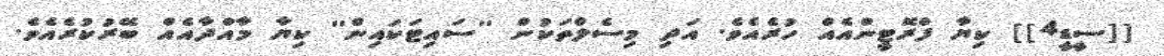
[[ސީޑީ4]] ކިޔާ ފްރޮޓީންއެއް ހުރެެއެވެ. އަދި މިސެލްތަކުން ''ސައިޓަކައިން'' ކިޔާ މާއްދާއެއް ބޭރުކުރެއެވެ.